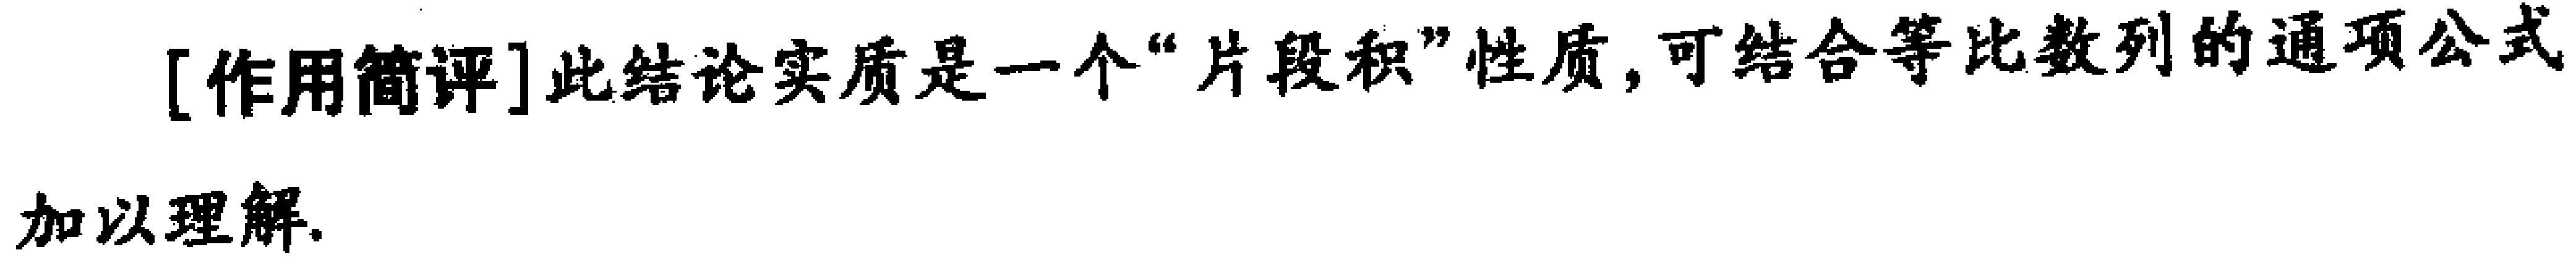
[作用简评]此结论实质是一个“片段积”性质，可结合等比数列的通项公式加以理解.